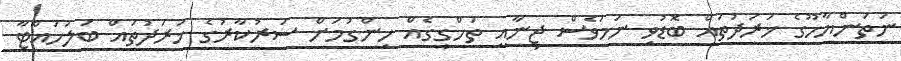
ނަތަންޔާހޫގެ ޚަރަދުތައް ބޮޑުވި ނަމަވެސް ޖިނާއީ ތަހްގީގެއް ހިންގުމަށް ސަރުކާރުގެ ޚަރަދުތައް ބަލަހައްޓާ